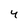
Character: 4